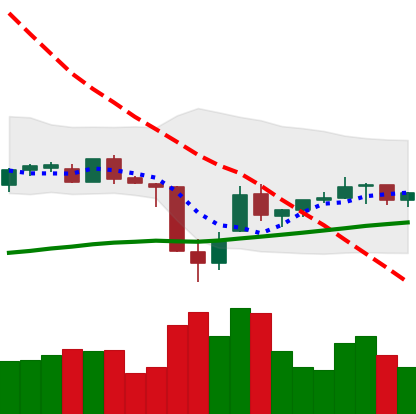
Ticker: TRX-USD
Chart end date: 2021-07-02
Forward return: -3.333%
Label: down_3_5